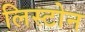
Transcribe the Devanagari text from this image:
लिस्टोन